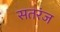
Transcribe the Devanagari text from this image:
सतरंज